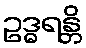
ဥဒ္ဓရန္တိ